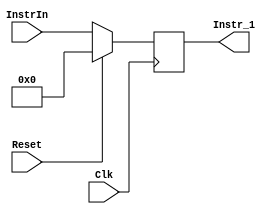
`timescale 1ns / 1ps


//This is the instruction fetch sequence
//Essentially just a holding register

module Stage_1(InstrIn, Clk, Reset,
					Instr_1);

//Inputs-------------------------------
input	[31:0] InstrIn;
input	Clk, Reset;
//Outputs------------------------------
output reg [31:0] Instr_1;
//Code---------------------------------
//Pass instruction at every clock cycle
always @(posedge Clk)
		if (Reset)
		begin
			Instr_1 <= 0;
		end
		
		else
		begin
			Instr_1 <= InstrIn;
		end
endmodule